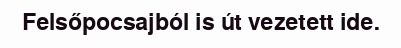
Felsőpocsajból is út vezetett ide.